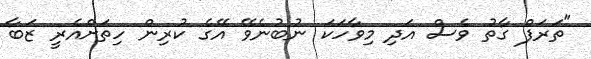
"ތަރަފް ގާތު ވެސް އަދި މިވާހަކަ ނުބުނެވޭ އޭގެ ކުރިން ހިތަށްއެރީ ޒަބާ